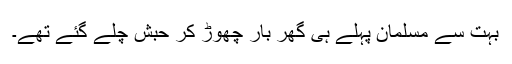
بہت سے مسلمان پہلے ہی گھر بار چھوڑ کر حبش چلے گئے تھے۔